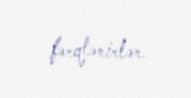
fərqlənirlər.